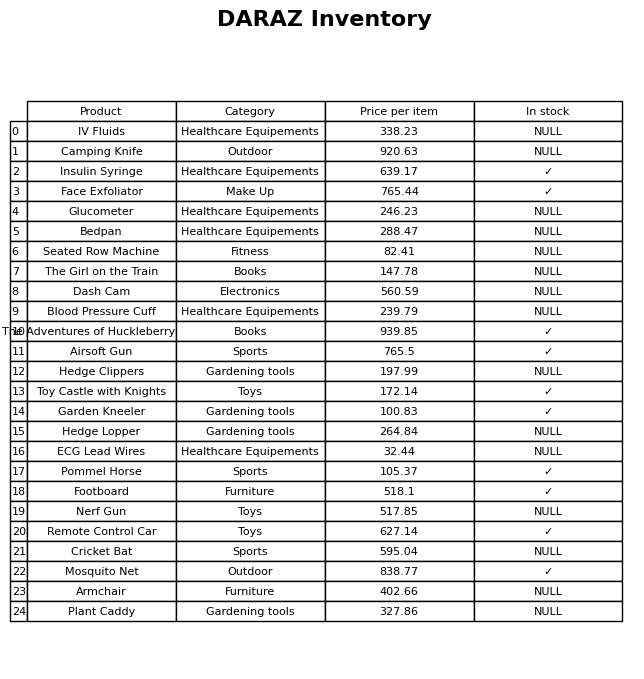
question: What is the price of the Insulin Syringe?
answer: The price of Insulin Syringe is 639.17.